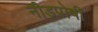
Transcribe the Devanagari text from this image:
नीडपोषी